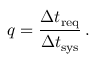
q = \frac { \Delta t _ { \mathrm { r e q } } } { \Delta t _ { \mathrm { s y s } } } \, .